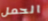
الحمل